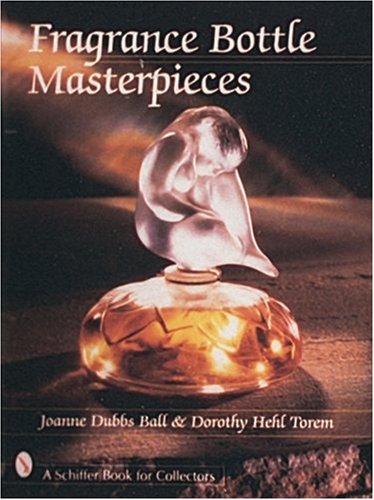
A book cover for Fragrance Bottle Masterpieces; Joanne Dubbs Ball; Crafts, Hobbies & Home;